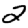
Digit: 2